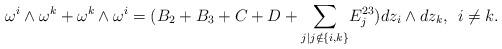
LaTeX: \begin{align*}\omega^i\wedge \omega^k+\omega^k\wedge \omega^i=(B_2+B_3+C+D+ \underset{j\vert j \notin\{i,k\}}{\sum}E_{j}^{23}) dz_i\wedge dz_k, \: \: i\neq k.\end{align*}